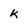
Character: k